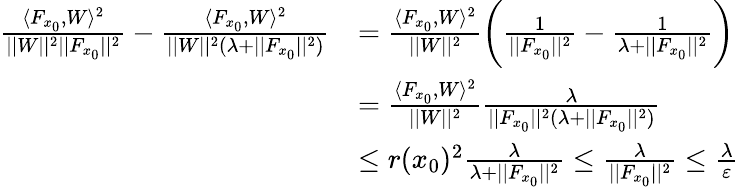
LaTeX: \begin{array}{rl}{\frac{\langle F_{x_{0}},W\rangle^{2}}{||W||^{2}||F_{x_{0}}||^{2}}-\frac{\langle F_{x_{0}},W\rangle^{2}}{||W||^{2}(\lambda+||F_{x_{0}}||^{2})}}&{=\frac{\langle F_{x_{0}},W\rangle^{2}}{||W||^{2}}\bigg(\frac{1}{||F_{x_{0}}||^{2}}-\frac{1}{\lambda+||F_{x_{0}}||^{2}}\bigg)}\\ &{=\frac{\langle F_{x_{0}},W\rangle^{2}}{||W||^{2}}\frac{\lambda}{||F_{x_{0}}||^{2}(\lambda+||F_{x_{0}}||^{2})}}\\ &{\leq r(x_{0})^{2}\frac{\lambda}{\lambda+||F_{x_{0}}||^{2}}\leq\frac{\lambda}{||F_{x_{0}}||^{2}}\leq\frac{\lambda}{\varepsilon}}\end{array}